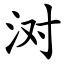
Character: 㳔